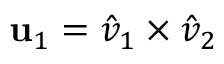
\mathbf { u } _ { 1 } = \hat { v } _ { 1 } \times \hat { v } _ { 2 }